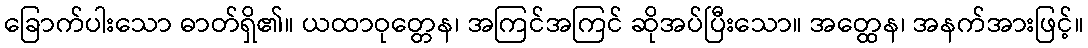
ခြောက်ပါးသော ဓာတ်ရှိ၏။ ယထာဝုတ္တေန၊ အကြင်အကြင် ဆိုအပ်ပြီးသော။ အတ္ထေန၊ အနက်အားဖြင့်။